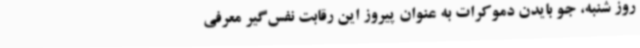
روز شنبه، جو بایدن دموکرات به عنوان پیروز این رقابت نفس‌گیر معرفی